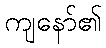
ကျနော်၏